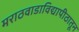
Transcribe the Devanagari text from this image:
मराठवाडाविद्यापीठातून